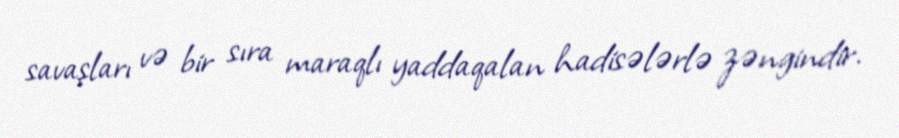
savaşları və bir sıra maraqlı yaddaqalan hadisələrlə zəngindir.